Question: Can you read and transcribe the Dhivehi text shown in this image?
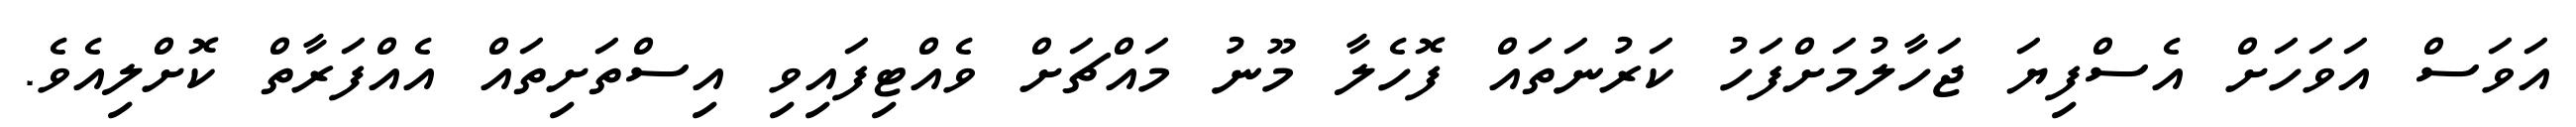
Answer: އަވަސް އަވަހަށް އެސްފިޔަ ޖަހާލުމަށްފަހު ކަރުނަތައް ފޮހެލާ މޫނު މައްޗަށް ވެއްޓިފައިވި އިސްތަށިތައް އެއްފަރާތް ކޮށްލިއެވެ.